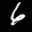
Label: 6